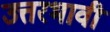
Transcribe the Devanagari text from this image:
उत्तरभावी